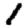
Digit: 1